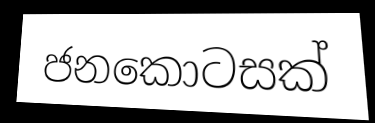
ජනකොටසක්